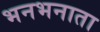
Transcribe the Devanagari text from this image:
भनभनाता